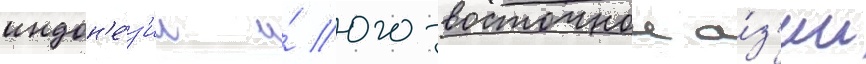
индон'е́з'ии и́ юго-восточнои а́з'ии